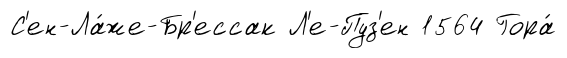
С'ен-Ла́же-Бр'ессак Л'е-Пуз'ен 1564 Гора́